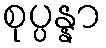
စုပ္ပန္နာ